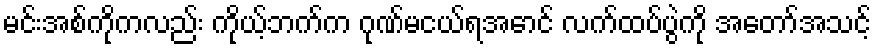
မင်းအစ်ကိုကလည်း ကိုယ့်ဘက်က ဂုဏ်မငယ်ရအောင် လက်ထပ်ပွဲကို အတော်အသင့်